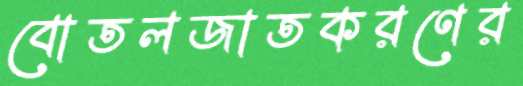
বোতলজাতকরণের